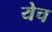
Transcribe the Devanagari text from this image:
येच